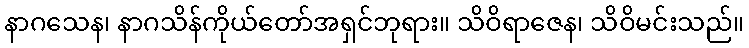
နာဂသေန၊ နာဂသိန်ကိုယ်တော်အရှင်ဘုရား။ သိဝိရာဇေန၊ သိဝိမင်းသည်။